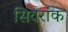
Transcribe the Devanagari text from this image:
सिवरांक